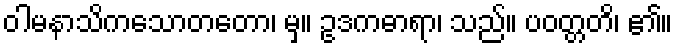
ဝါမနာသိကသောတတော၊ မှ။ ဥဒကဓာရာ၊ သည်။ ပဝတ္တတိ၊ ၏။